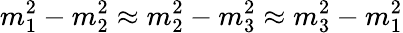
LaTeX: m_{1}^{2}-m_{2}^{2}\approx m_{2}^{2}-m_{3}^{2}\approx m_{3}^{2}-m_{1}^{2}